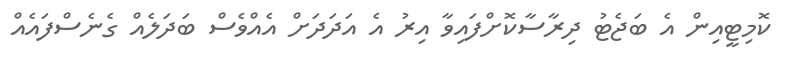
ކޮމިޓީއިން އެ ބަޖެޓު ދިރާސާކޮށްފައިވާ އިރު އެ އަދަދަށް އެއްވެސް ބަދަލެއް ގެނެސްފައެއް